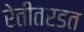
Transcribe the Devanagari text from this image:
रेतीतरडत